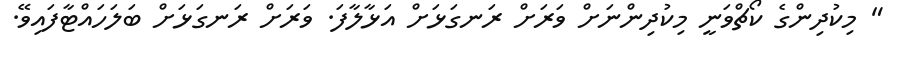
" މިކުދިންގެ ކޯޗްވަނީ މިކުދިންނަށް ވަރަށް ރަނގަޅަށް އަޅާލާފަ. ވަރަށް ރަނގަޅަށް ބަލަހައްޓާފައިވޭ.